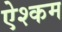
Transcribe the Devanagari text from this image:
ऐश्कम